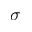
\sigma